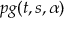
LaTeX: p g ( t , s , \alpha )